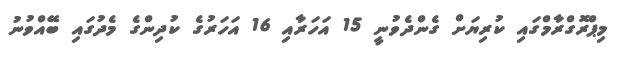
މިޕްރޮގްރާމްގައި ކުރިޔަށް ގެންދެވުނީ 15 އަހަރާއި 16 އަހަރުގެ ކުދިންގެ މެދުގައި ބޭއްވުނު